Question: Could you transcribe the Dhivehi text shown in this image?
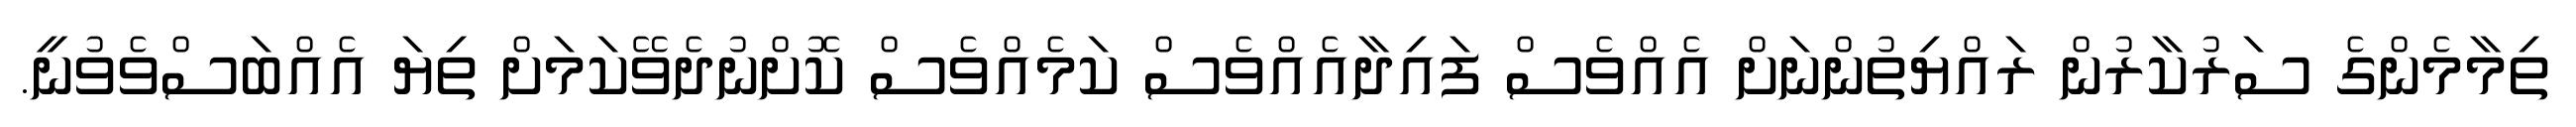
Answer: ތިމާމެންގެ ސަރުކާރުން ރައްޔިތުންނަށް އެއްވެސް ފައިދާއެއްވެސް ކަމެއްވެސް ކޮށްނުދެވޭކަމަށް ތިޔަ އެއްބަސްވެވުނީ.